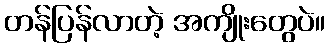
တန်ပြန်လာတဲ့ အကျိုးတွေပဲ။